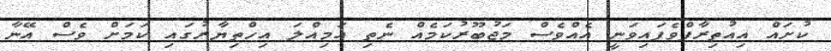
ކުށައް އިއުތިރާފްވެފައިވަނީ އެއްވެސް މަޖުބޫރުކަމެއް ނެތި އަމިއްލަ އިހްތިޔާރުގައި ކަމަށް ވެސް އޭނާ